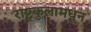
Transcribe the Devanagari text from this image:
राष्ट्रकुलामधून